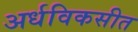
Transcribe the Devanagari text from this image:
अर्धविकसीत